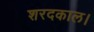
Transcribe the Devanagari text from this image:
शरदकाल।